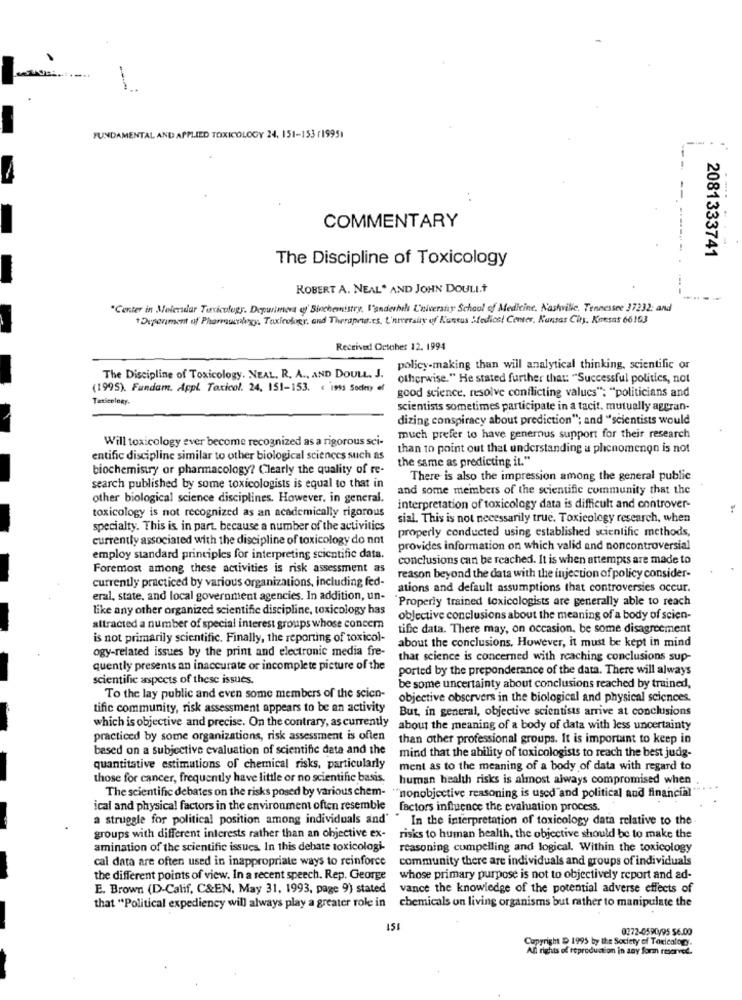
-
FUNDAMENTAL AND APPLIED TOXICOLOGY 24, 151-153 (19951
COMMENTARY
-- ---- -
The Discipline of Toxicology
2081333741
-
ROBERT A. NEAL* AND JOHN DOULI.Ť
"Center in Molecular Toxicology. Department of Sinchemistry, Vanderbilt University School of Medicine, Nashvile, Tennessee 37232; and
1Duperiment of Pharmacology, Taxieology, and Therapetat.es. University of K'untus Medics! Center, Kansas City. Kmesas 66163
Received October 12. 1994
policy-making than will analytical thinking, scientific or
The Discipline of Toxicology. NEAL, R. A ., AND DOULL, J.
otherwise." He stated further that: "Successful politics, not
(1995). Fundam. Appl Toxicol. 24, 151-153. € 1995 Society el
good science, resolve conflicting values": "politicians and
scientists sometimes participate in a tacit. mutually aggran-
dizing conspiracy about prediction"; and "scientists would
Will toxicology ever become recognized as a rigorous sci-
much prefer to have generous support for their research
than to point out that understanding a phenomenon is not
entific discipline similar to other biological sciences such as
the same as predicting it."
biochemistry or pharmacology? Clearly the quality of re-
There is also the impression among the general public
search published by some toxicologists is equal to that in
and some members of the scientific community that the
other biological science disciplines. However, in general.
toxicology is not recognized as an academically rigorous
interpretation of toxicology data is difficult and controver-
sial. This is not necessarily true. Toxicology research, when
specialty. This is in part. because a number of the activities
properly conducted using established scientific methods,
currently associated with the discipline of toxicology do not
provides information on which valid and noncontroversial
employ standard principles for interpreting scientific data.
conclusions can be reached. It is when attempts are made to
Foremost among these activities is risk assessment as
currently practiced by various organizations, including fed-
reason beyond the data with the injection of policy consider-
ations and default assumptions that controversies occur.
eral, state, and local government agencies. In addition, un-
Properly trained toxicologists are generally able to reach
like any other organized scientific discipline, toxicology has
objective conclusions about the meaning of a body of scien-
attracted a number of special interest groups whose concem
tific data. There may, on occasion, be some disagreement
is not primarily scientific. Finally, the reporting of toxicol-
about the conclusions, However, it must be kept in mind
ogy-related issues by the print and electronic media fre-
that science is concerned with reaching conclusions sup-
quently presents an inaccurate or incomplete picture of the
ported by the preponderance of the data. There will always
scientific aspects of these issues.
be some uncertainty about conclusions reached by trained,
To the lay public and even some members of the scien-
objective observers in the biological and physical sciences.
tific community, risk assessment appears to be an activity
But, in general, objective scientists arrive at conclusions
which is objective and precise. On the contrary, as currently
about the meaning of a body of data with less uncertainty
practiced by some organizations, risk assessment is often
than other professional groups. It is important to keep in
based on a subjective evaluation of scientific data and the
mind that the ability of toxicologists to reach the best judg-
quantitative estimations of chemical risks, particularly
ment as to the meaning of a body of data with regard to
those for cancer, frequently have little or no scientific basis.
human health risks is almost always compromised when
The scientific debates on the risks posed by various chem- ""nonobjective reasoning is used"and political and financial
ical and physical factors in the environment often resemble factors influence the evaluation process.
a struggle for political position among individuals and' " In the interpretation of toxicology data relative to the-
groups with different interests rather than an objective ex-
risks to human health, the objective should be to make the
amination of the scientific issues. In this debate toxicologi-
reasoning compelling and logical. Within the toxicology
cal data are often used in inappropriate ways to reinforce
community there are individuals and groups of individuals
the different points of view. In a recent speech. Rep. George
whose primary purpose is not to objectively report and ad-
E. Brown (D-Calif, C&EN, May 31, 1993, page 9) stated vance the knowledge of the potential adverse effects of
that "Political expediency will always play a greater role in chemicals on living organisms but rather to manipulate the
151
0372-0590/95 56.00
Copyright D 1995 by the Society of Toxicalogo.
All rights of reproduction in any form reserved.